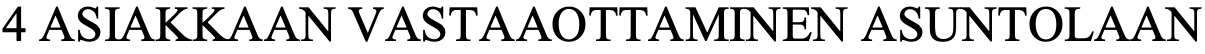
4 ASIAKKAAN VASTAAOTTAMINEN ASUNTOLAAN